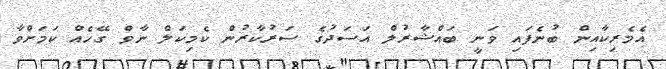
އެމެރިކާއިން ބުނެފައި ވަނީ ބައްޝާރުލް އަސަދުގެ ސަރުކާރުން ކެމިކަލް ނާވް ގޭހެއް ކަމަށްވާ